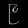
Digit: ၉